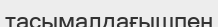
тасымалдағышпен